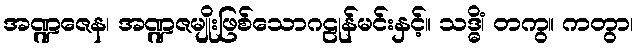
အဏ္ဍဇေန၊ အဏ္ဍဇမျိုးဖြစ်သောဂဠုန်မင်းနှင့်။ သဒ္ဓိံ၊ တကွ။ ကတွာ၊